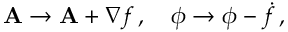
\mathbf { A } \rightarrow \mathbf { A } + \nabla f \, , \quad \phi \rightarrow \phi - { \dot { f } } \, ,